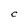
Character: C